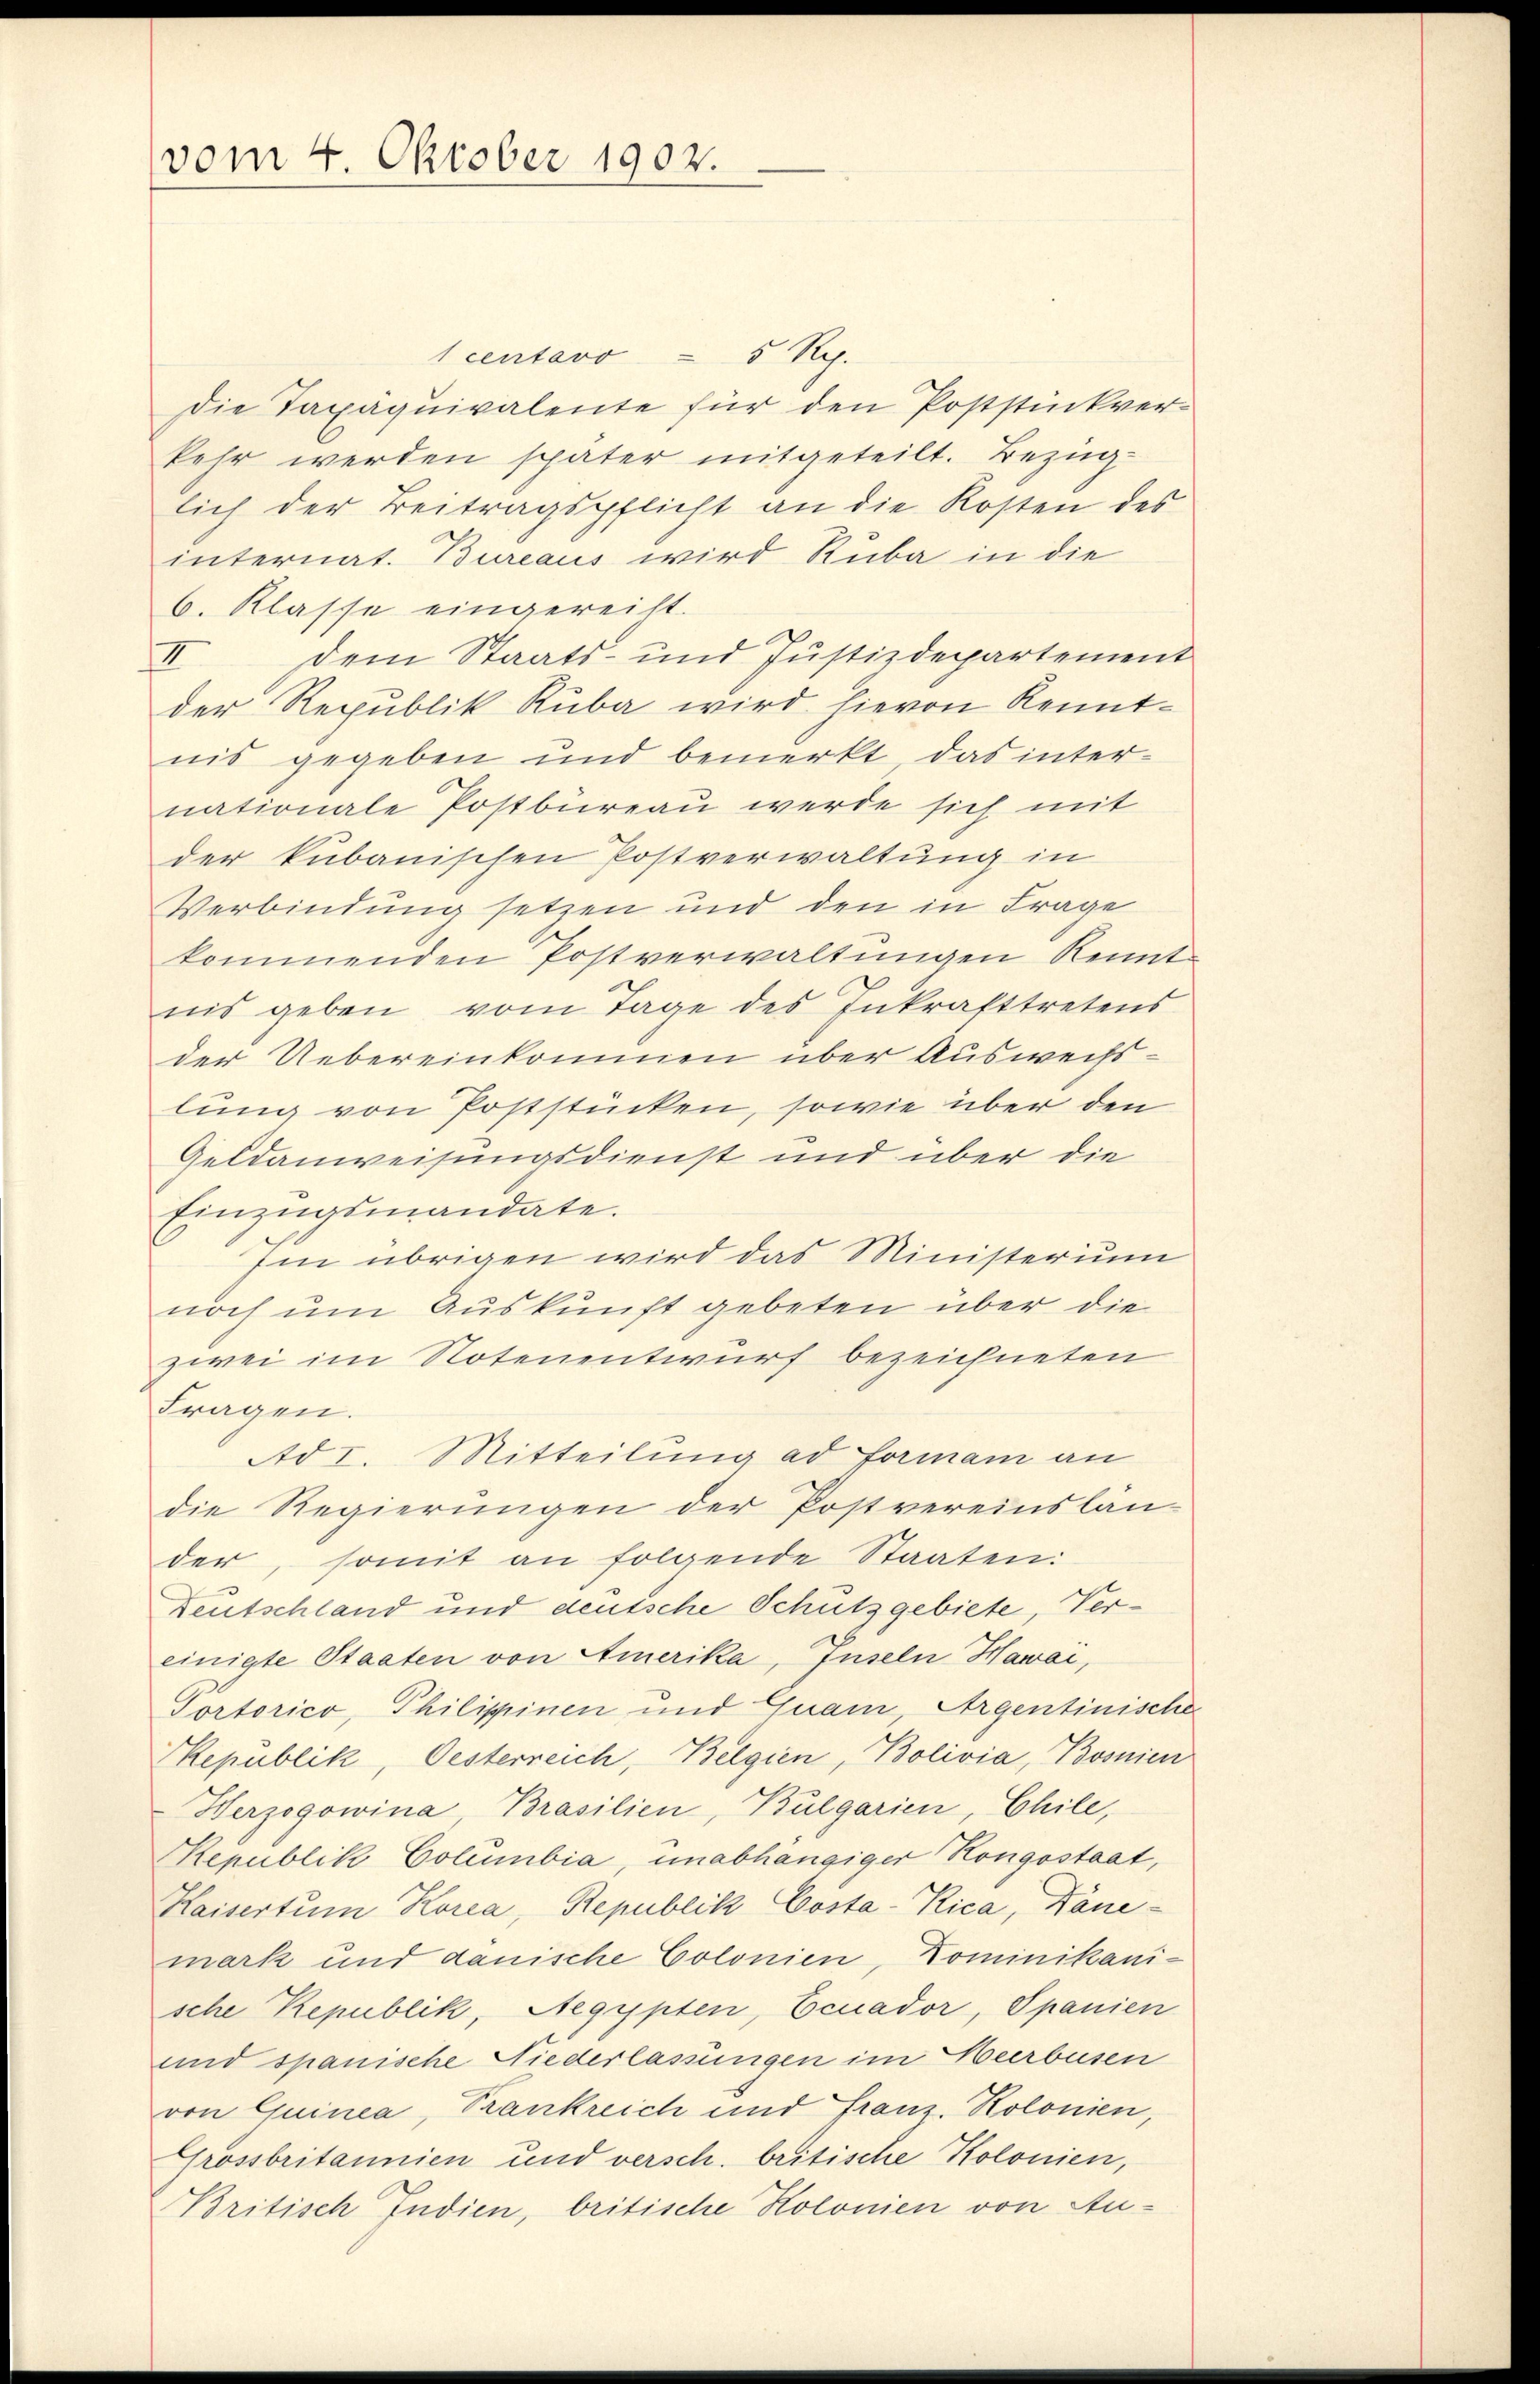
vom 4. Oktober 1902.

1 centovo = 5 Rp.
Die Taxäquivalente für den Poststückverkehr werden später mitgeteilt. Bezug
lich der Beitragspflicht an die Kosten des
internat. Bureaus wird Ruba in die
6. Klasse eingereicht.
II Dem Staats- und Justizdepartement
der Republik Ruba wird hievon Kenntnis gegeben und bemerkt, das inter-
nationale Postbüreau werde sich mit
der kubanischen Postverwaltung in
Verbindung setzen und den in Frage
kommenden Postverwaltungen Kennt
nis geben vom Tage des Inkrafttretens
der Uebereinkommen über Auswechslung von Poststücken, sowie über den
Geldanweisungsdienst und über die
Einzugsmandate.
Im übrigen wird das Ministerium
noch um Auskunft gebeten über die
zwei im Notenentwurf bezeichneten
Fragen.
Ad I. Mitteilung ad Forman an
die Regierungen der Postvereinslän-
der, somit an folgende Staaten:
Teutschland und deutsche Schutzgebiete, Vereinigte Staaten von Amerika, Inseln Hawai,
Portorico, Philippinen und Quam, Argentinische
Republik, Oesterreich, Belgien, Bolivia, Bosnien
Herzogowina, Brasilien, Bulgarien, Chile,
Republik Columbia, unabhängiger Kongostaat,
Kaisertum Korea, Republik Costa-Kica, Dane-
mark und danische Colonien, Dominikani-
sche Republik, Aegypten, Ecuador, Spanien
und spanische Niederlassungen im Heerbusen
von Quinea, Trankreich und Franz. Kolonien,
Grossbritannien und versch. britische Kolonien,
Britisch Indien, britische Kolonien von Au¬